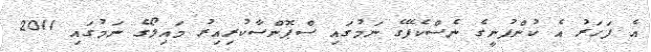
އެ ފަހަރު އެ ކުންފުނީގެ ނެސްކެފޭގެ ނަމުގައި ސްޕޮންސާކުރިއިރު މައިލޯގެ ނަމުގައި 2011